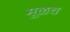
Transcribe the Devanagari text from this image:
मूळच